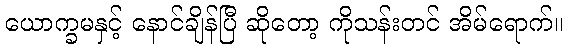
ယောက္ခမနှင့် နောင်ချိန်ပြီ ဆိုတော့ ကိုသန်းတင် အိမ်ရောက်။